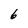
Character: 6